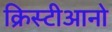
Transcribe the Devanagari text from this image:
क्रिस्टीआनो